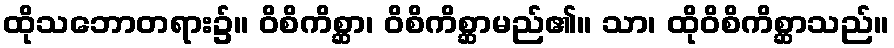
ထိုသဘောတရား၌။ ဝိစိကိစ္ဆာ၊ ဝိစိကိစ္ဆာမည်၏။ သာ၊ ထိုဝိစိကိစ္ဆာသည်။